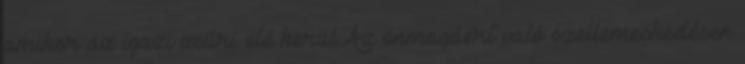
amikor az igazi zsűri elé kerül.Az önmagáért való szellemeskedésen